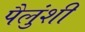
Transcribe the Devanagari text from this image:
पैलुंशी